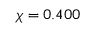
\chi = 0 . 4 0 0